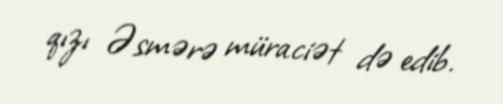
qızı Əsmərə müraciət də edib.